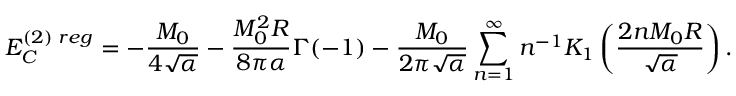
E _ { C } ^ { ( 2 ) \; r e g } = - \frac { M _ { 0 } } { 4 \sqrt { \alpha } } - \frac { M _ { 0 } ^ { 2 } R } { 8 \pi \alpha } \Gamma ( - 1 ) - \frac { M _ { 0 } } { 2 \pi \sqrt { \alpha } } \sum _ { n = 1 } ^ { \infty } n ^ { - 1 } K _ { 1 } \left( \frac { 2 n M _ { 0 } R } { \sqrt { \alpha } } \right) .